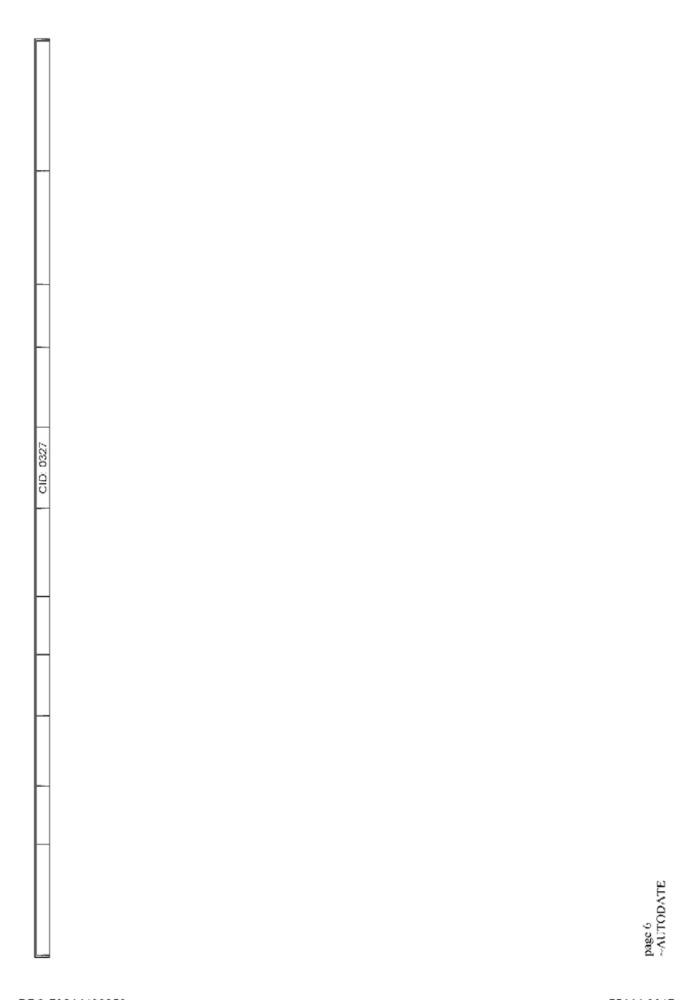
CID: 0327
~AUTODATE
page 6